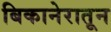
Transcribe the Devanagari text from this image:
बिकानेरातून